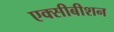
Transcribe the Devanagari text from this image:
एक्सीबीशन